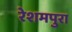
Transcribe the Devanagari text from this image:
रेशमपुरा